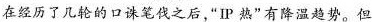
在经历了几轮的口诛笔伐之后“P热”有降温趋势。但